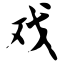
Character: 戏